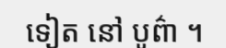
ទៀត នៅ បូព៌ា ។